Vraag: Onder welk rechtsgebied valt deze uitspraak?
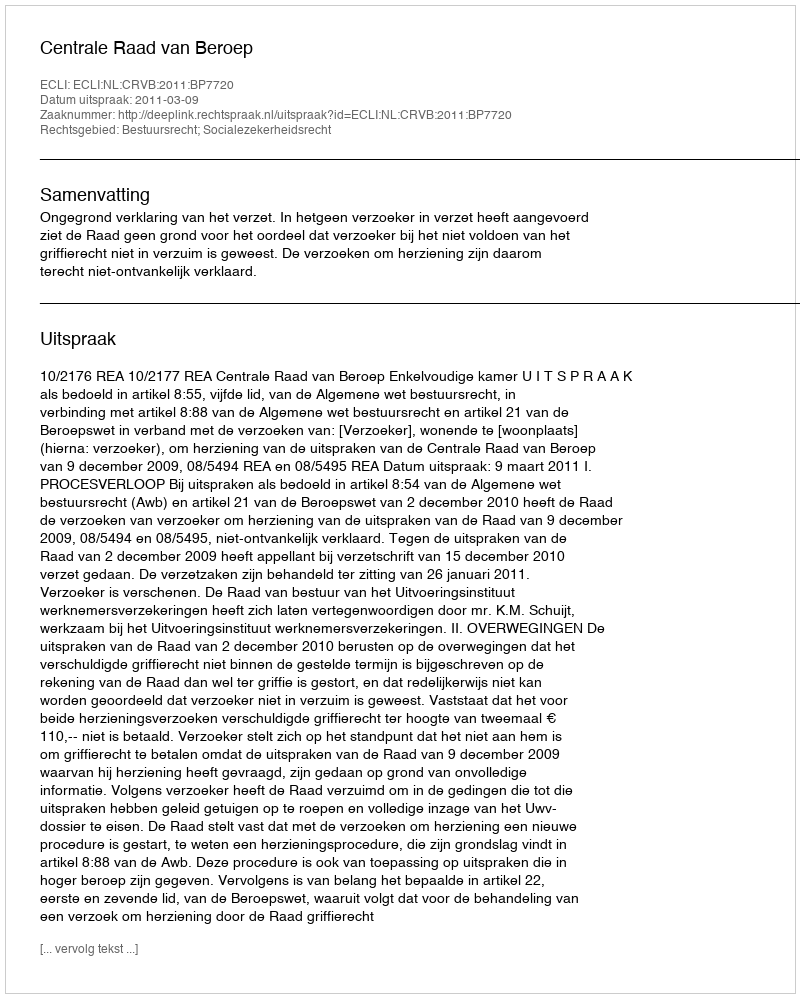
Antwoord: Bestuursrecht; Socialezekerheidsrecht